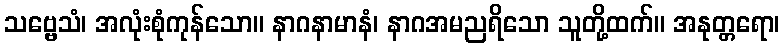
သဗ္ဗေသံ၊ အလုံးစုံကုန်သော။ နာဂနာမာနံ၊ နာဂအမညရိသော သူတို့ထက်။ အနုတ္တရော၊